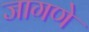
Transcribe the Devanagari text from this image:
जागणे